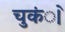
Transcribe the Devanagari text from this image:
चुकंे।